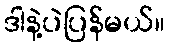
ဒါနဲ့ပဲပြန်မယ်။